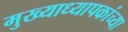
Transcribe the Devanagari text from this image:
मुख्याध्यापकांच्या